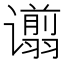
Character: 𫍿